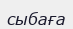
сыбаға